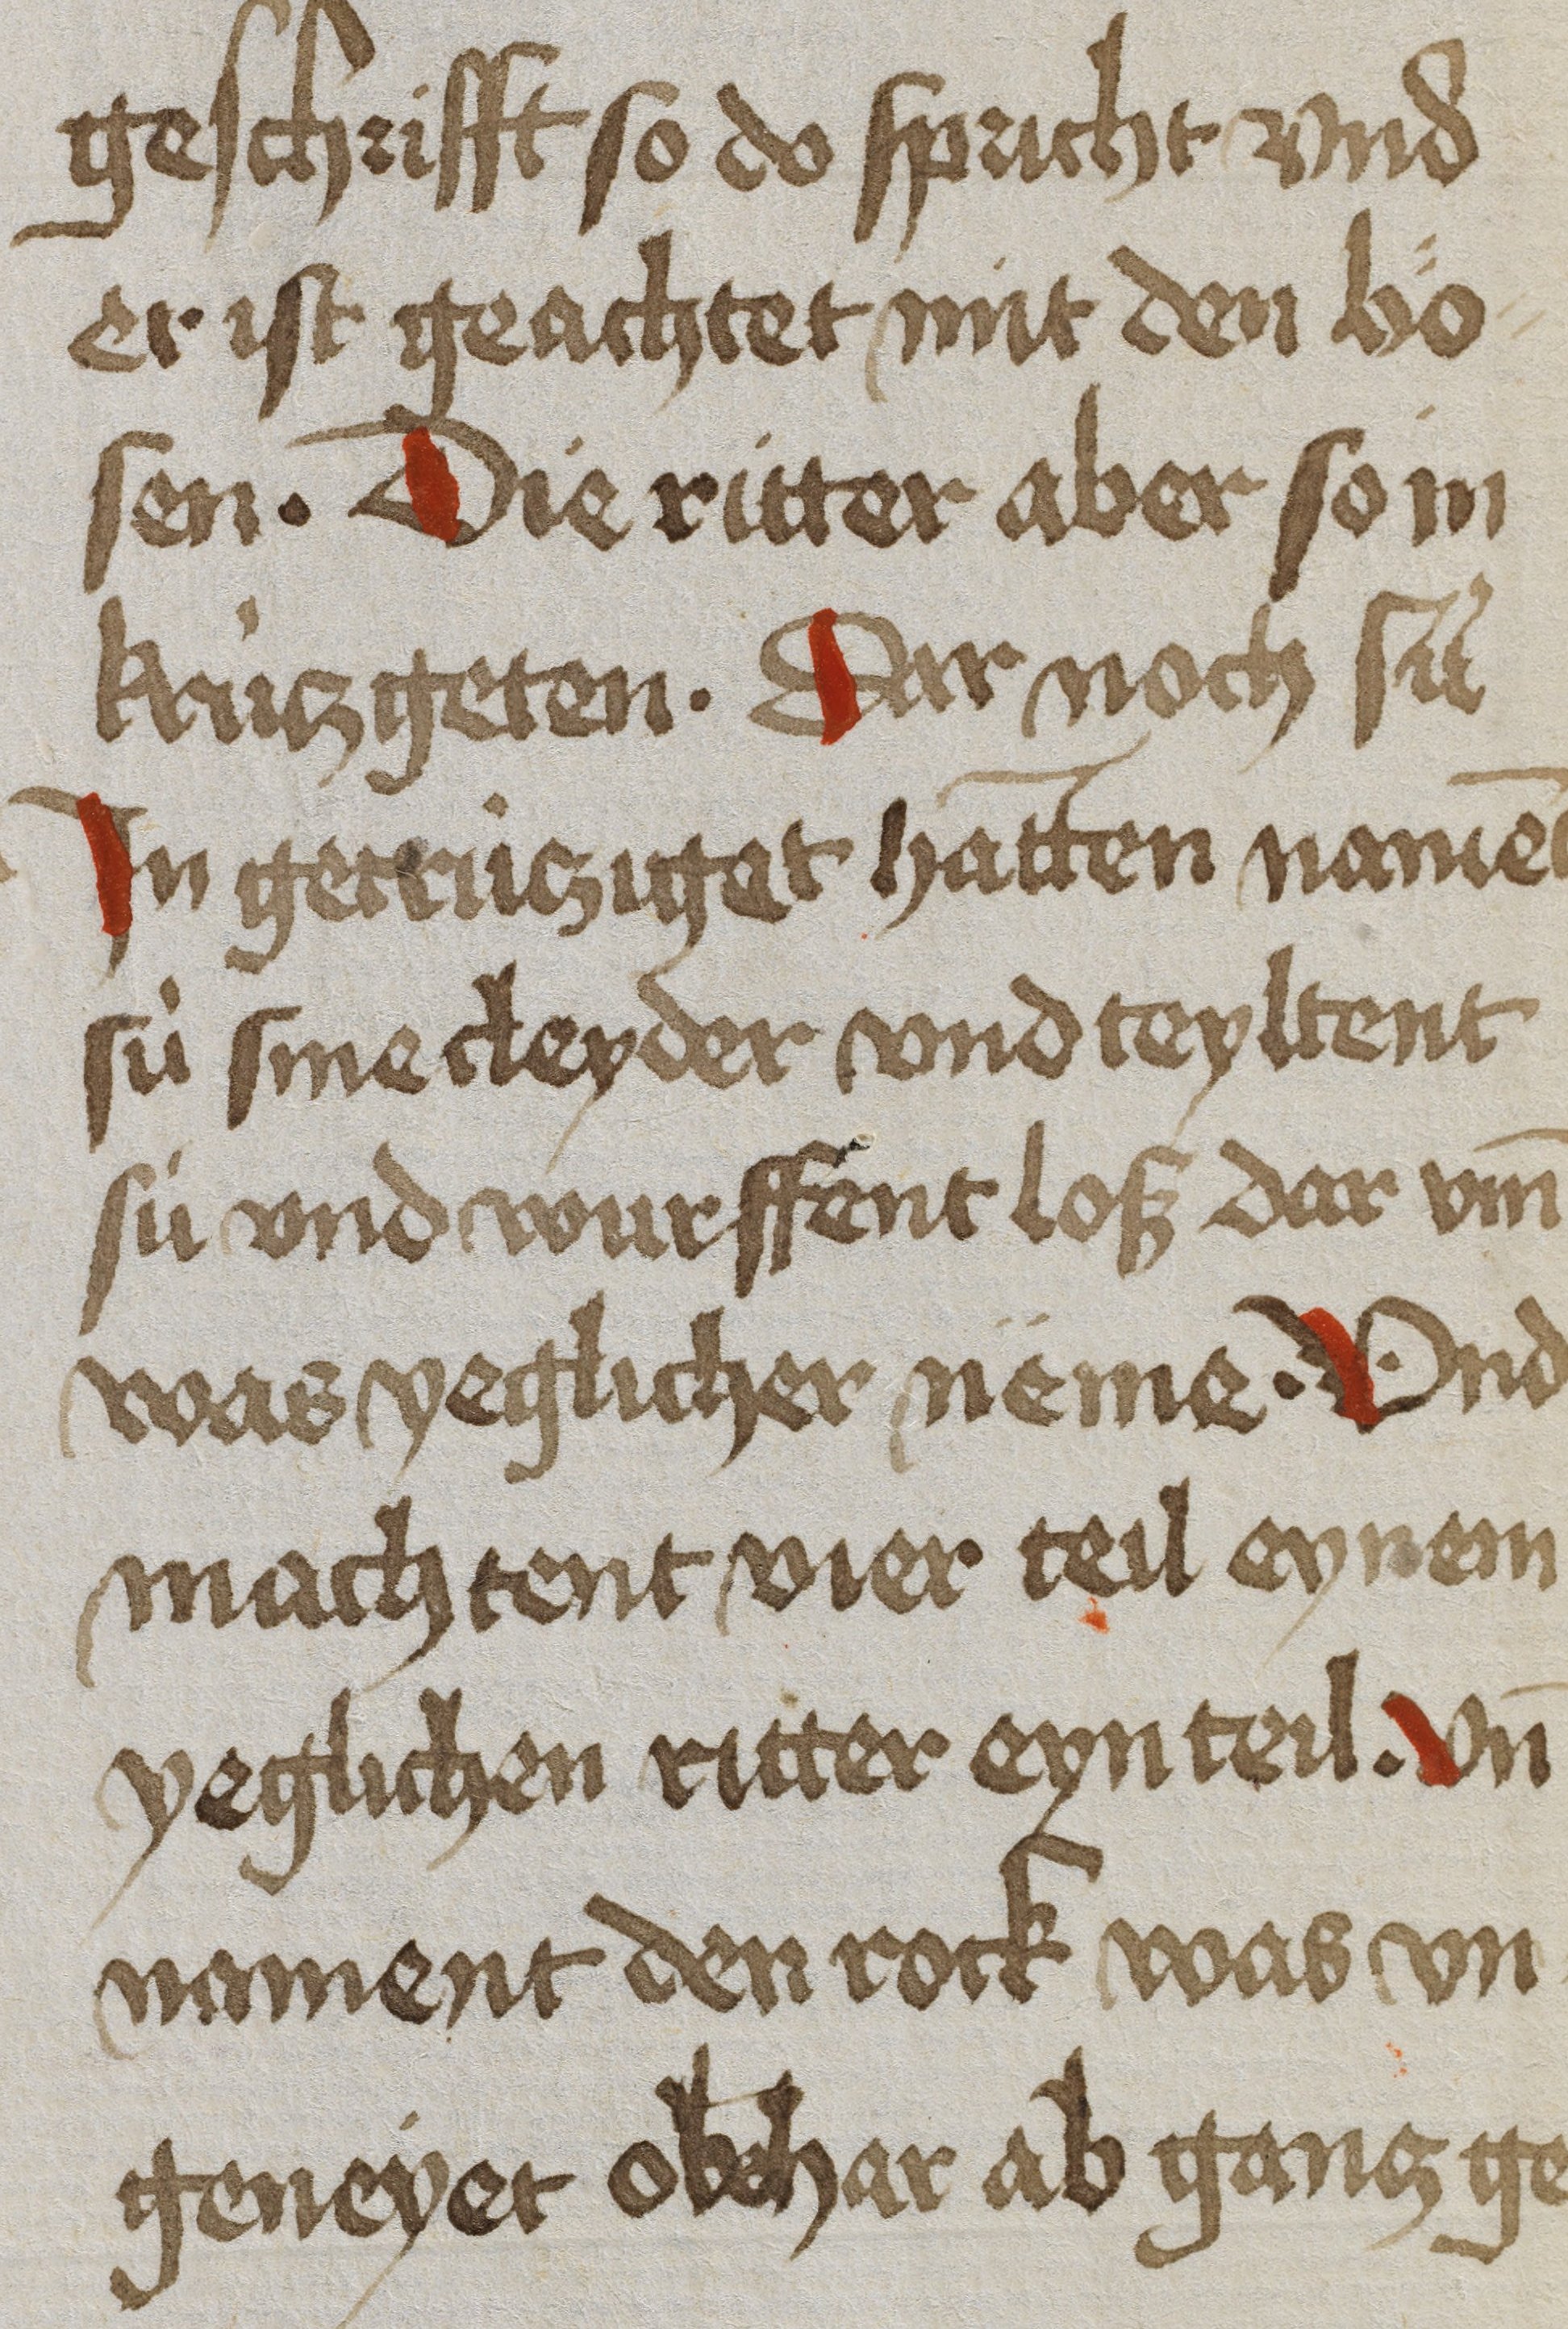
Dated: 1450–1499